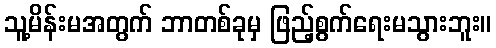
သူ့မိန်းမအတွက် ဘာတစ်ခုမှ ဖြည့်စွက်ရေးမသွားဘူး။